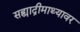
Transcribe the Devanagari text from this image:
सह्याद्रीमाथ्यावर